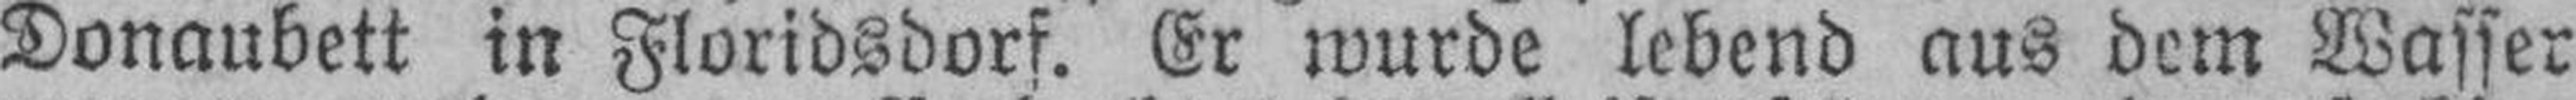
Donaubett in Floridsdorf. Er wurde lebend aus dem Wasser